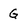
Character: G